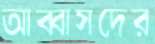
আব্বাসদের